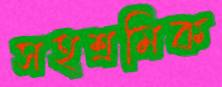
সহশ্রমিক